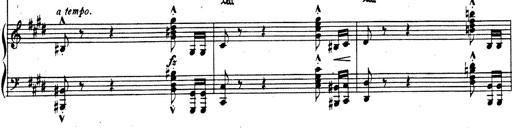
Title: Rhapsodie espagnole
Composer: Franz Liszt